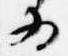
為